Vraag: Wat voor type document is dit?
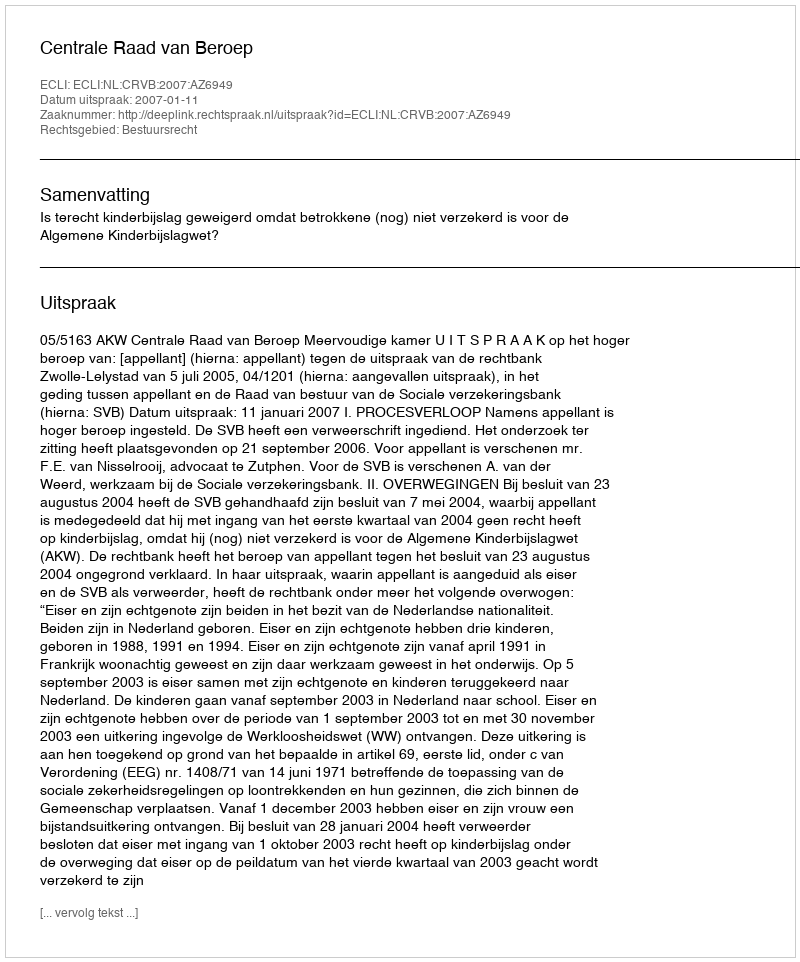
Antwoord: Uitspraak